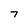
Character: 7